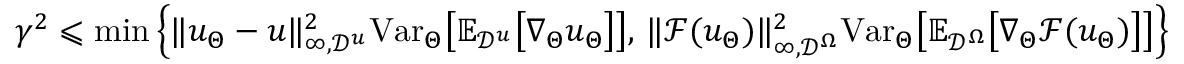
\gamma ^ { 2 } \leqslant \mathrm { m i n } \left\{ \| u _ { \Theta } - u \| _ { \infty , \mathcal { D } ^ { u } } ^ { 2 } \mathrm { V a r } _ { \Theta } \big [ \mathbb { E } _ { \mathcal { D } ^ { u } } \big [ \nabla _ { \Theta } u _ { \Theta } \big ] \big ] , \, \| \mathcal { F } ( u _ { \Theta } ) \| _ { \infty , \mathcal { D } ^ { \Omega } } ^ { 2 } \mathrm { V a r } _ { \Theta } \big [ \mathbb { E } _ { \mathcal { D } ^ { \Omega } } \big [ \nabla _ { \Theta } \mathcal { F } ( u _ { \Theta } ) \big ] \big ] \right\}